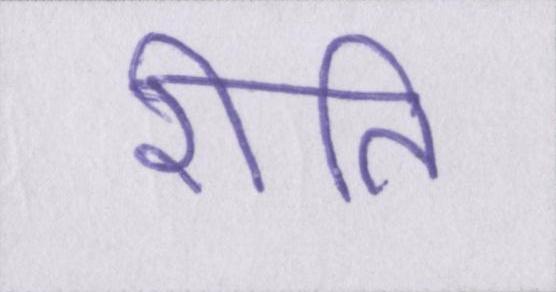
रीति